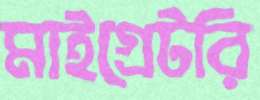
মাইগ্রেটরি